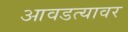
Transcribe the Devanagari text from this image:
आवडत्यावर